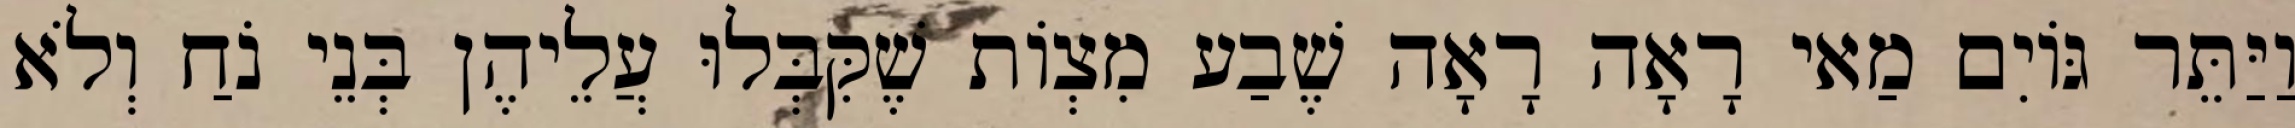
וַיַּתֵּר גּוֹיִם מַאי רָאָה רָאָה שֶׁבַע מִצְוֹת שֶׁקִּבְּלוּ עֲלֵיהֶן בְּנֵי נֹחַ וְלֹא